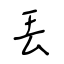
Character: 丟